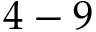
4 - 9